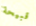
قبيحة